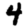
Digit: 4